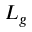
L _ { g }